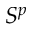
S ^ { p }